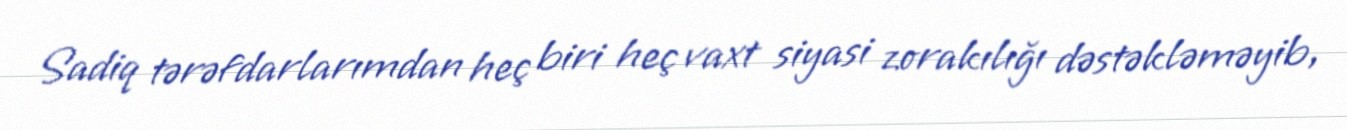
Sadiq tərəfdarlarımdan heç biri heç vaxt siyasi zorakılığı dəstəkləməyib,